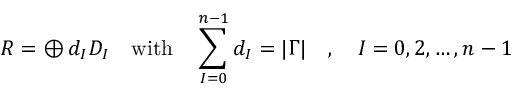
R = \oplus \, d _ { I } { \cal D } _ { I } \quad \mathrm { w i t h } \quad \sum _ { I = 0 } ^ { n - 1 } d _ { I } = | \Gamma | \quad , \quad I = 0 , 2 , \ldots , n - 1